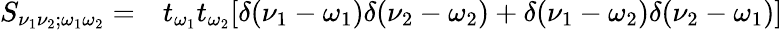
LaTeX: \begin{array}{rl}{S_{\nu_{1}\nu_{2};\omega_{1}\omega_{2}}=}&{{}t_{\omega_{1}}t_{\omega_{2}}[\delta(\nu_{1}-\omega_{1})\delta(\nu_{2}-\omega_{2})+\delta(\nu_{1}-\omega_{2})\delta(\nu_{2}-\omega_{1})]}\end{array}